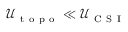
\mathcal { U } _ { \mathrm { ~ t ~ o ~ p ~ o ~ } } \ll \mathcal { U } _ { \mathrm { ~ C ~ S ~ I ~ } }